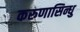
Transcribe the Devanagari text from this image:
करुणासिन्धु